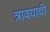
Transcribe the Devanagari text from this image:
त्राक्याची